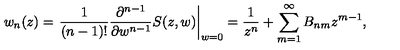
w _ { n } ( z ) = \left. \frac { 1 } { ( n - 1 ) ! } \frac { \partial ^ { n - 1 } } { \partial w ^ { n - 1 } } S ( z , w ) \right| _ { w = 0 } = \frac { 1 } { z ^ { n } } + \sum _ { m = 1 } ^ { \infty } B _ { n m } z ^ { m - 1 } ,